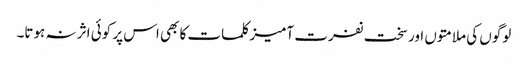
لوگوں کی ملامتوں اور سخت نفرت آمیز کلمات کا بھی اس پر کوئی اثر نہ ہوتا۔